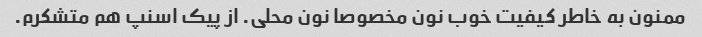
ممنون به خاطر کیفیت خوب نون مخصوصا نون محلی. از پیک اسنپ هم متشکرم.